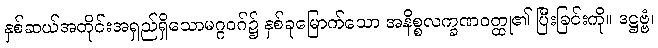
နှစ်ဆယ်အတိုင်းအရှည်ရှိသောမဂ္ဂဝဂ်၌ နှစ်ခုမြောက်သော အနိစ္စလက္ခဏဝတ္ထု၏ ပြီးခြင်းကို။ ဒဋ္ဌဗ္ဗံ၊